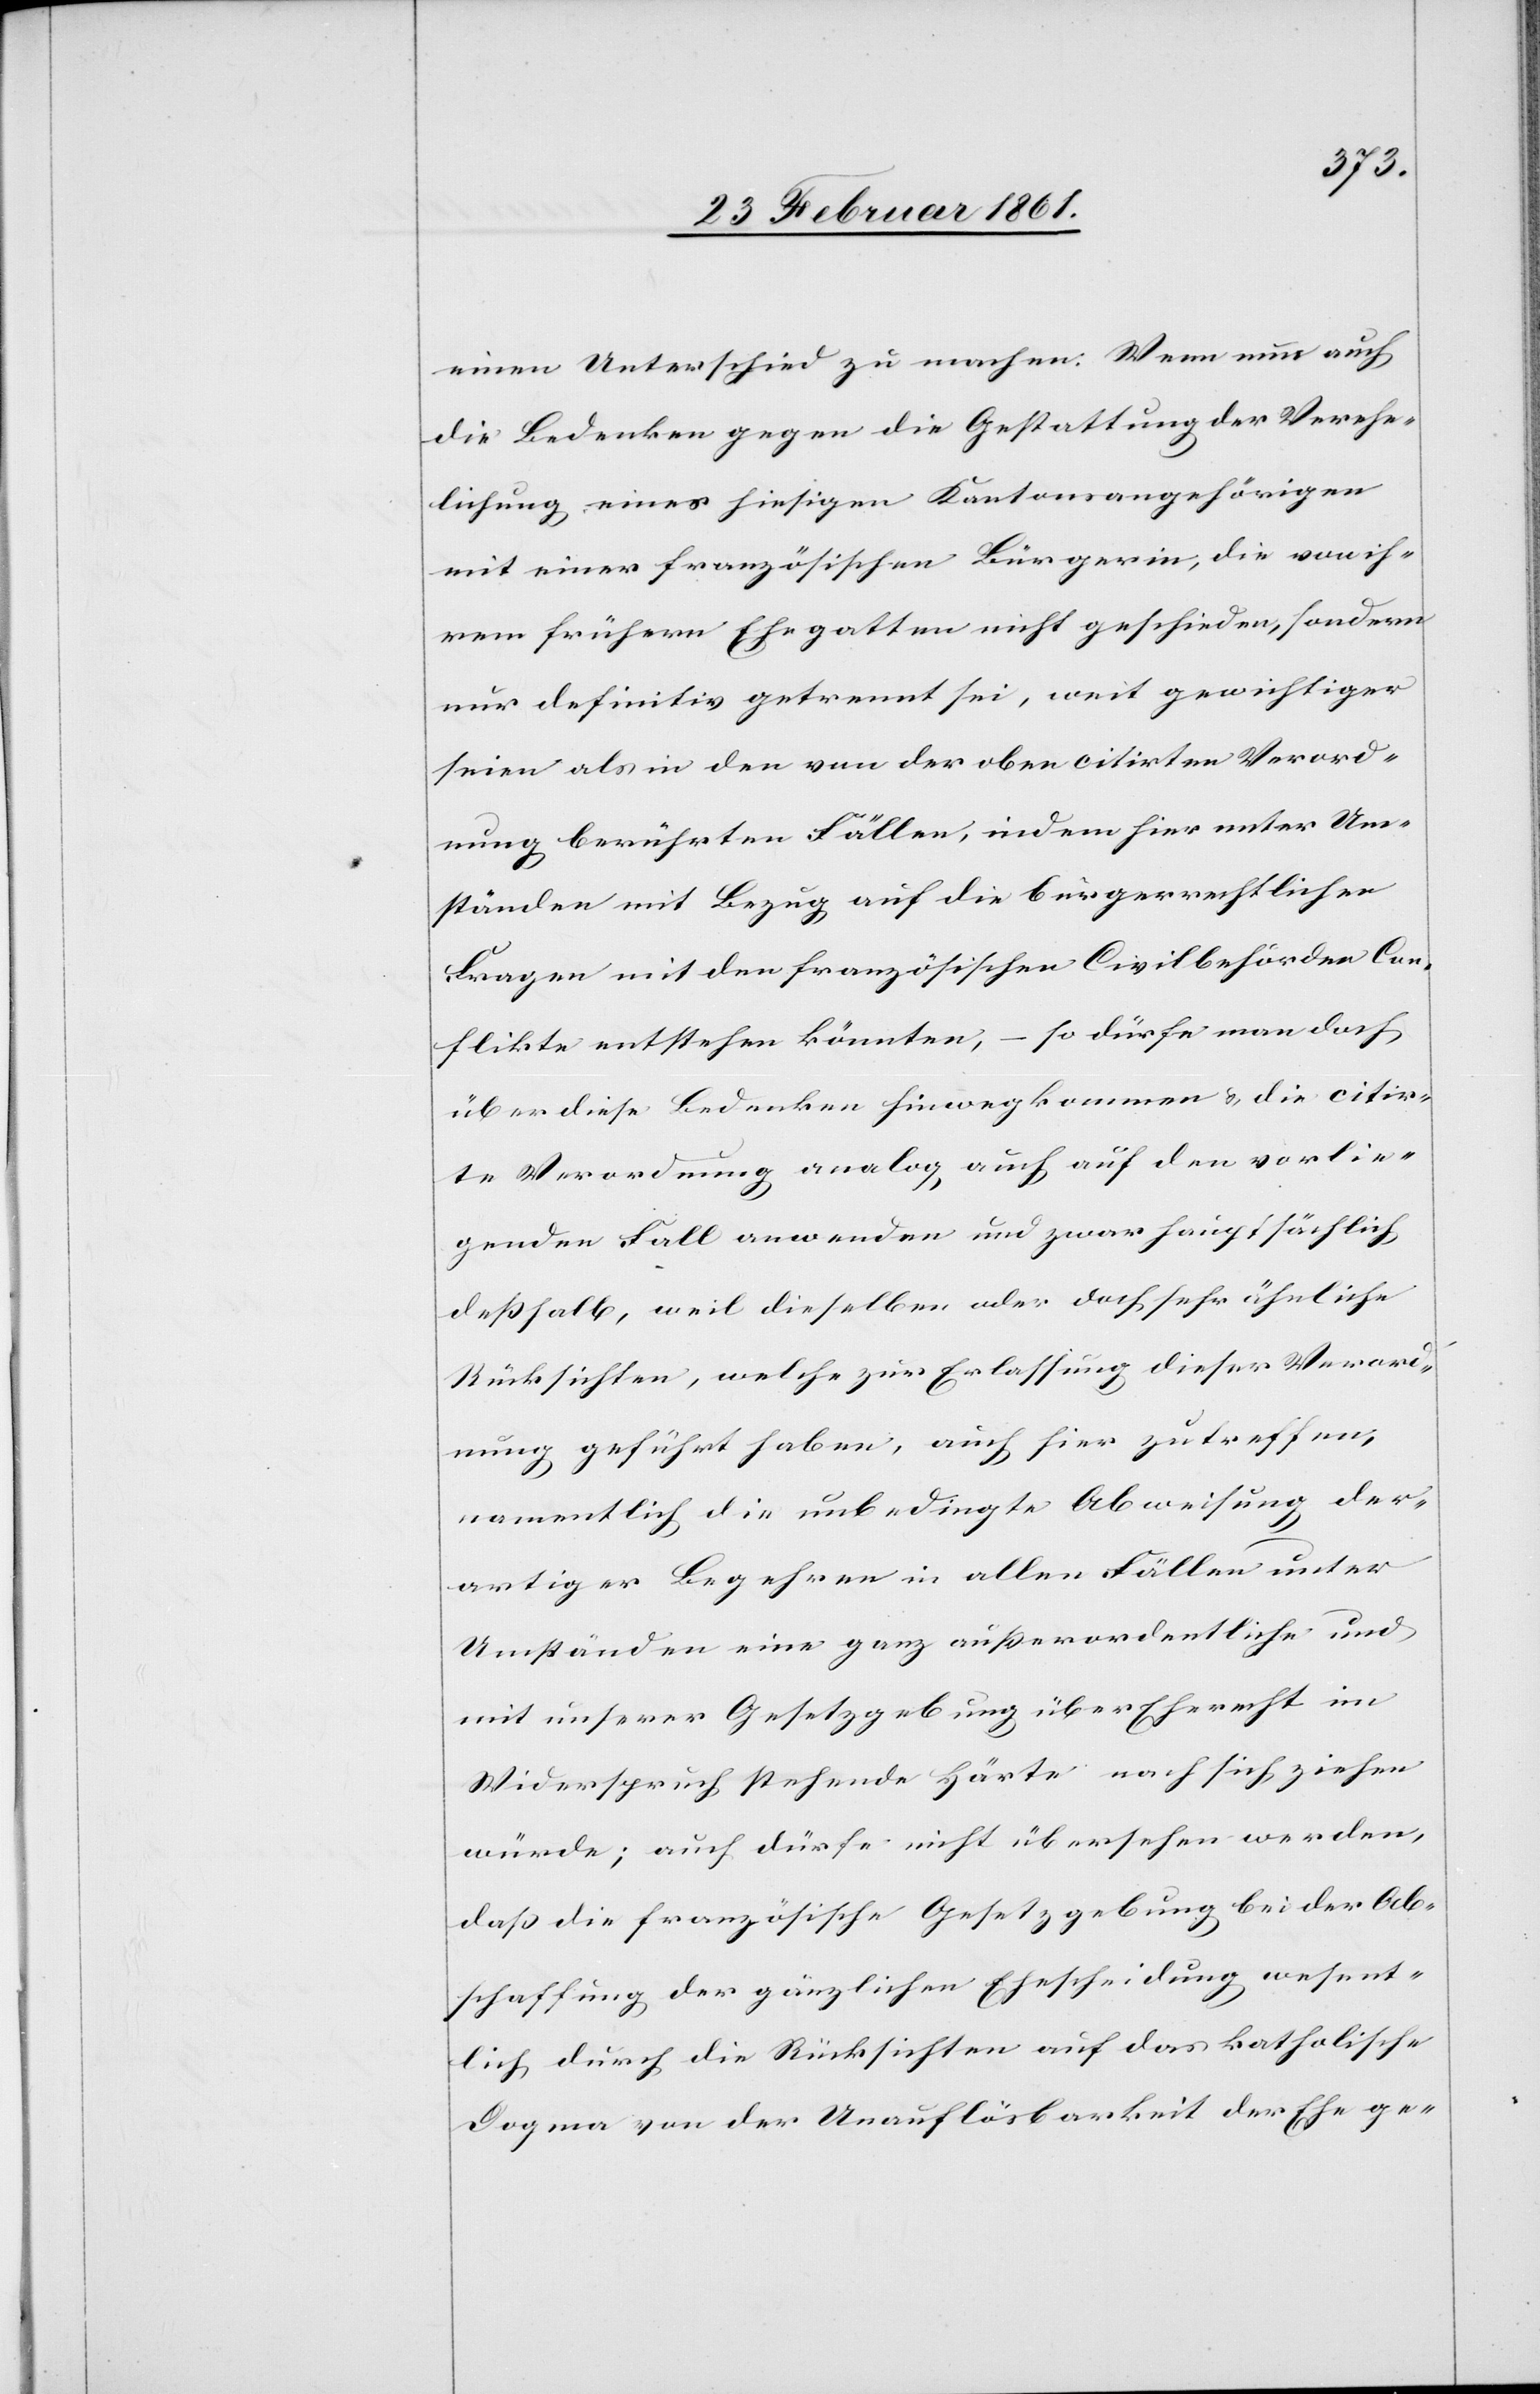
einen Unterschied zu machen. Wenn nun auch
die Bedenken gegen die Gestattung der Verehe¬
lichung eines hiesigen Kantonsangehörigen
mit einer französischen Bürgerin, die von ih¬
rem frühern Ehegatten nicht geschieden, sondern
nur definitiv getrennt sei, weit gewichtiger
seien als in den von der oben citirten Verord¬
nung berührten Fällen, indem hier unter Um¬
ständen mit Bezug auf die Bürgerrechtlichen
Fragen mit den französischen Civilbehörden Con¬
flikte entstehen könnten, – so dürfe man doch
über diese Bedenken hinwegkommen u. die citir¬
te Verordnung analog, auch auf den vorlie¬
genden Fall anwenden und zwar hauptsächlich
deshalb, weil dieselben oder doch sehr ähnliche
Rücksichten, welche zur Erlassung dieser Verord¬
nung geführt haben, auch hier zutreffen,
namentlich die unbedingte Abweisung der¬
artiger Begehren in allen Fällen unter
Umständen eine ganz ausserordentliche und
mit unserer Gesetzgebung über Eherecht im
Widerspruch stehende Härte nach sich ziehen
würde; auch dürfe nicht übersehen werden,
dass die französische Gesetzgebung bei der Ab¬
schaffung der gänzlichen Ehescheidung wesent¬
lich durch die Rücksichten auf das katholische
Dogma von der Unauflösbarkeit der Ehe ge-